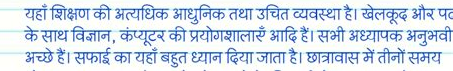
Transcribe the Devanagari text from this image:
यहाँ शिक्षण की अत्यधिक आधुनिक तथा उचित व्यवस्था है। खेलकूद और पट
के साथ विज्ञान, कंप्यूटर की प्रयोगशालाएँ आदि हैं। सभी अध्यापक अनुभवी
अच्छे हैं। सफाई का यहाँ बहुत ध्यान दिया जाता है। छात्रावास में तीनों समय